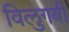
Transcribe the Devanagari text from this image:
विलुगबी